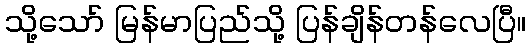
သို့သော် မြန်မာပြည်သို့ ပြန်ချိန်တန်လေပြီ။